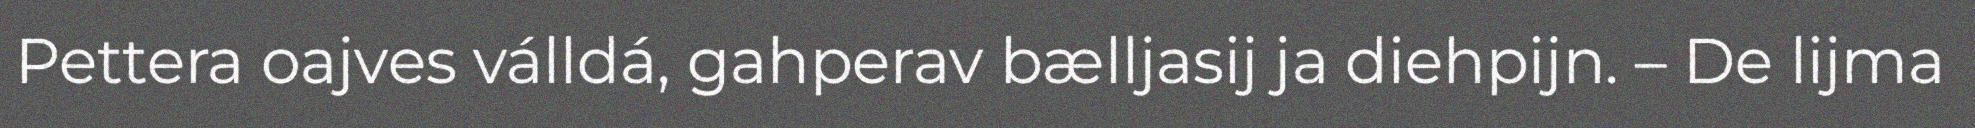
Pettera oajves válldá, gahperav bælljasij ja diehpijn. – De lijma